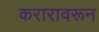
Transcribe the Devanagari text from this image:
करारावरून